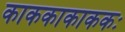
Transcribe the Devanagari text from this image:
काककाकाककः